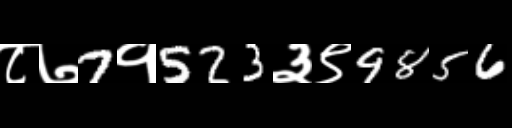
Text: ८७7१523३९9856